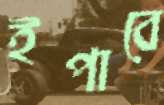
ইপাবে